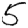
Digit: 5